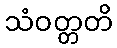
သံဝတ္တတိ